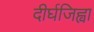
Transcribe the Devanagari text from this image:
दीर्घजिह्वा